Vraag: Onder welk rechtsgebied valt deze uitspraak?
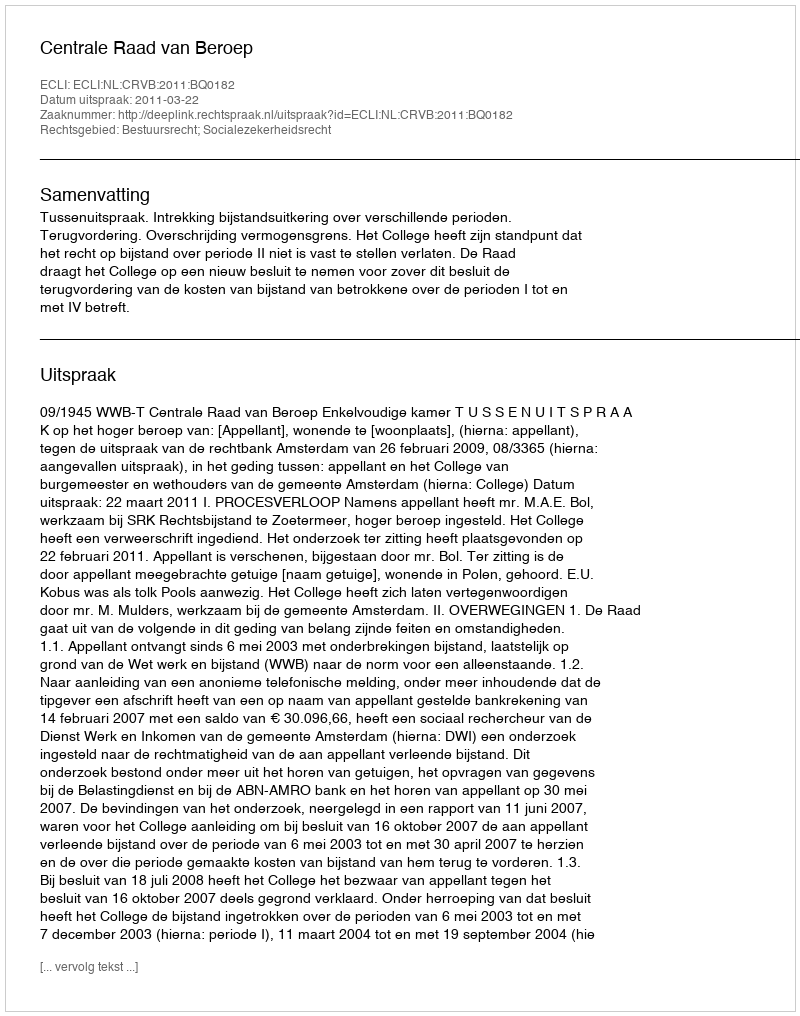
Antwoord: Bestuursrecht; Socialezekerheidsrecht